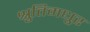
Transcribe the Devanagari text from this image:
श्रुतिमधुर